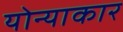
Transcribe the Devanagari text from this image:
योन्याकार